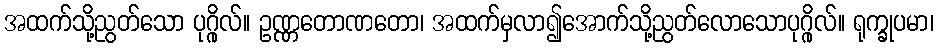
အထက်သို့ညွတ်သော ပုဂ္ဂိုလ်။ ဥဏ္ဏတောဏတော၊ အထက်မှလာ၍အောက်သို့ညွတ်လောသောပုဂ္ဂိုလ်။ ရုက္ခုပမာ၊